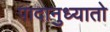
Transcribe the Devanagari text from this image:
पादानुध्यातो